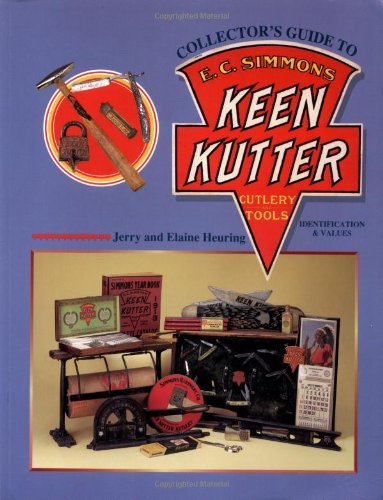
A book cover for Collectors Guide to E C Simmons Keen Kutter Cutlery & Tools; Jerry Heuring; Crafts, Hobbies & Home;